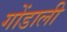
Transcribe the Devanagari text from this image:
गोंडाली